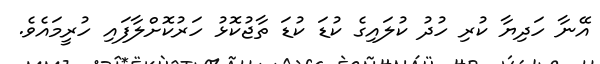
އޭނާ ހަދިޔާ ކުރި ހުދު ކުލައިގެ ކުޑަ ކުޑަ ތާޖުކޮޅު ހަރުކޮށްލާފައި ހުރީމައެވެ.